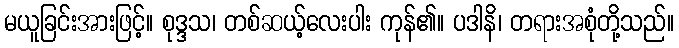
မယူခြင်းအားဖြင့်။ စုဒ္ဒသ၊ တစ်ဆယ့်လေးပါး ကုန်၏။ ပဒါနိ၊ တရားအစုံတို့သည်။